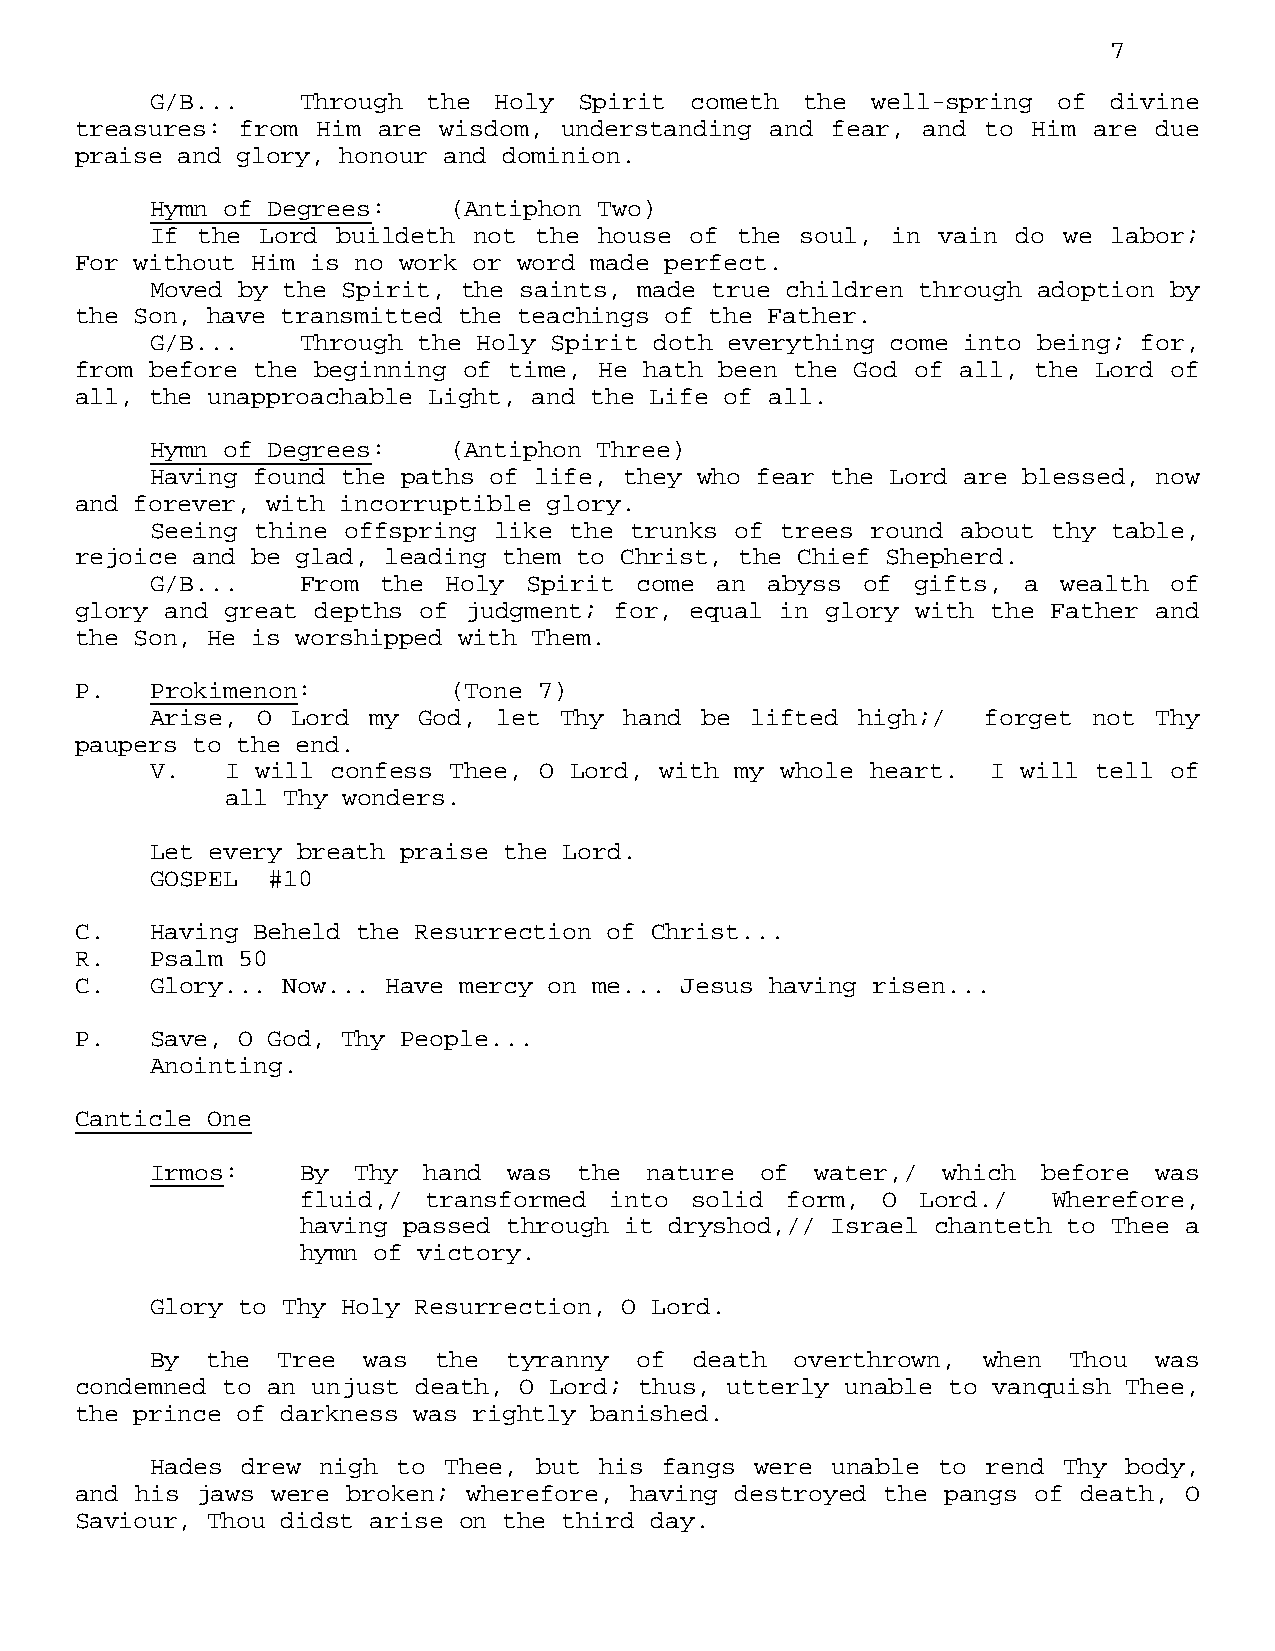
7
 G/B...    Through the  Holy Spirit  cometh the  well-spring of  divine
 treasures: from Him are wisdom, understanding and fear, and to Him are  due
 praise and glory, honour and dominion.
 Hymn of Degrees:    (Antiphon Two)
 If the Lord buildeth not  the house of the soul, in vain do we  labor;
 For without Him is no work or word made perfect.
 Moved by the Spirit, the saints, made true children through adoption by
 the Son, have transmitted the teachings of the Father.
 G/B...    Through the Holy Spirit doth everything come into being; for,
 from before the beginning of time, He hath been the God of all, the Lord of
 all, the unapproachable Light, and the Life of all.
 Hymn of Degrees:    (Antiphon Three)
 Having found the paths of life, they who fear the Lord are blessed, now
 and forever, with incorruptible glory.
 Seeing thine offspring like the trunks of trees round about thy table,
 rejoice and be glad, leading them to Christ, the Chief Shepherd.
 G/B...    From the  Holy Spirit come an  abyss of  gifts, a wealth of
 glory and great depths of judgment; for, equal in glory with the Father and
 the Son, He is worshipped with Them.
 P.   Prokimenon:         (Tone 7)
 Arise, O Lord my  God, let Thy hand be  lifted high;/  forget not  Thy
 paupers to the end.
 V.   I will confess Thee, O Lord, with my whole heart.  I will tell of
 all Thy wonders.
 Let every breath praise the Lord.
 GOSPEL  #10
 C.   Having Beheld the Resurrection of Christ...
 R.   Psalm 50
 C.   Glory... Now... Have mercy on me... Jesus having risen...
 P.   Save, O God, Thy People...
 Anointing.
 Canticle One
 Irmos:    By Thy  hand  was the  nature of  water,/ which  before  was
 fluid,/ transformed into  solid form, O  Lord./   Wherefore,
 having passed through it dryshod,// Israel chanteth to Thee a
 hymn of victory.
 Glory to Thy Holy Resurrection, O Lord.
 By  the Tree  was  the  tyranny of  death  overthrown, when  Thou  was
 condemned to an unjust death, O Lord; thus, utterly unable to vanquish Thee,
 the prince of darkness was rightly banished.
 Hades drew nigh to Thee,  but his fangs were unable to rend Thy  body,
 and his jaws were broken; wherefore, having destroyed the pangs of death, O
 Saviour, Thou didst arise on the third day.